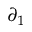
\partial _ { 1 }